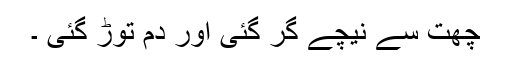
چھت سے نیچے گر گئی اور دم توڑ گئی ۔